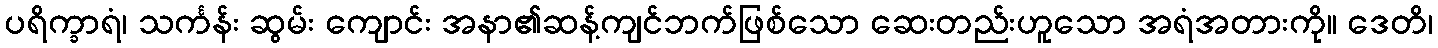
ပရိက္ခာရံ၊ သင်္ကန်း ဆွမ်း ကျောင်း အနာ၏ဆန့်ကျင်ဘက်ဖြစ်သော ဆေးတည်းဟူသော အရံအတားကို။ ဒေတိ၊